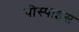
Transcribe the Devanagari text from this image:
पीस्पाइस